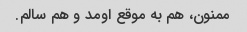
ممنون، هم به موقع اومد و هم سالم.